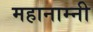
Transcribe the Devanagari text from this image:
महानाम्नी